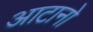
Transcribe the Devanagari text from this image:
आटानो